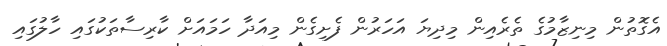
އެގޮތުން މިނިޒާމުގެ ތެރެއިން މިދިޔަ އަހަރުން ފެށިގެން މިއަދާ ހަމައަށް ކާރިސާތަކުގައި ހާލުގައި